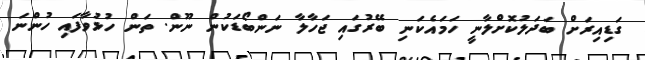
ގަޑިއިރަށް ބަދަލުކޮށްލާނީ ހަމައެކަނި ބޭރުގައި ޖަހާލާ ނަންބޯޑަކުން ނޫން. ތަން ހުޅުވާފައި ހުންނަ